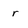
Character: r